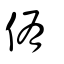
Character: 侑